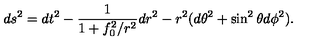
d s ^ { 2 } = d t ^ { 2 } - \frac { 1 } { 1 + f _ { 0 } ^ { 2 } / r ^ { 2 } } d r ^ { 2 } - r ^ { 2 } ( d \theta ^ { 2 } + \sin ^ { 2 } \theta d \phi ^ { 2 } ) .